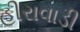
હીરાવાડી